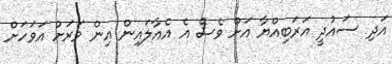
އަދި ސައުދީ އަރަބިއްޔާ އަށް ވެސް އެ އެއާލައިން އިން ވަރަށް އަވަހަށް